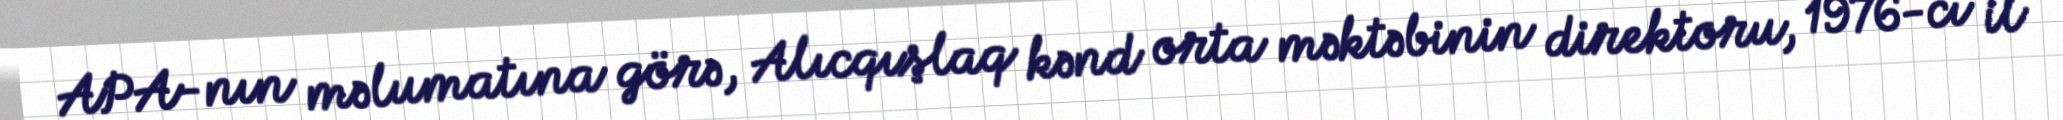
APA-nın məlumatına görə, Alıcqışlaq kənd orta məktəbinin direktoru, 1976-cı il